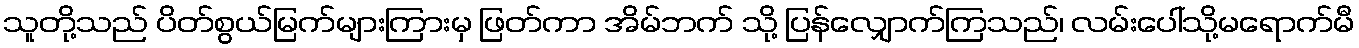
သူတို့သည် ပိတ်စွယ်မြက်များကြားမှ ဖြတ်ကာ အိမ်ဘက် သို့ ပြန်လျှောက်ကြသည်၊ လမ်းပေါ်သို့မရောက်မီ